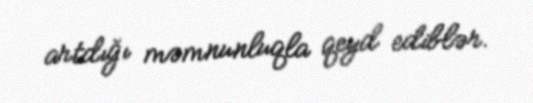
artdığı məmnunluqla qeyd ediblər.